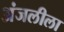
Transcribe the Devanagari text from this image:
अंजलीला